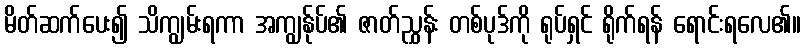
မိတ်ဆက်ပေး၍ သိကျွမ်းရကာ အကျွန်ုပ်၏ ဇာတ်ညွှန်း တစ်ပုဒ်ကို ရုပ်ရှင် ရိုက်ရန် ရောင်းရလေ၏။